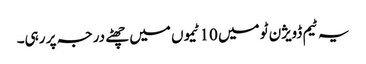
یہ ٹیم ڈویژن ٹو میں 10 ٹیموں میں چھٹے درجہ پر رہی۔